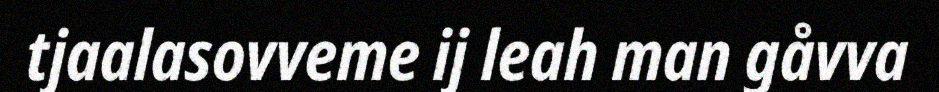
tjaalasovveme ij leah man gåvva